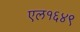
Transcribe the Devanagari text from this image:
एल१६४९